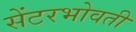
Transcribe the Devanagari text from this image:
सेंटरभोवती